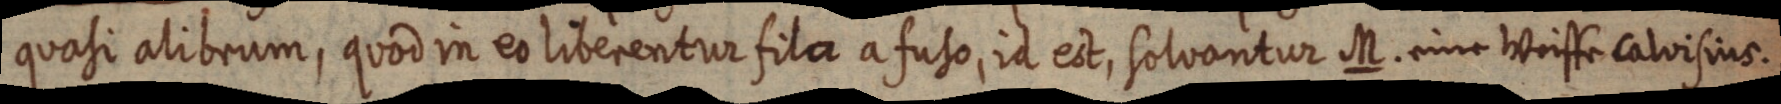
quasi alibrum, quod in eo liberentur fila a fuso, in est, solvantur M. calvisius.